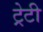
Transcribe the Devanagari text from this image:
ट्रेटी